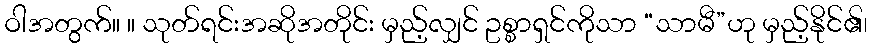
ဝါအတွက်။ ။ သုတ်ရင်းအဆိုအတိုင်း မှည့်လျှင် ဥစ္စာရှင်ကိုသာ “သာမီ”ဟု မှည့်နိုင်၏၊